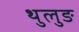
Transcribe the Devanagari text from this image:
थुलुङ